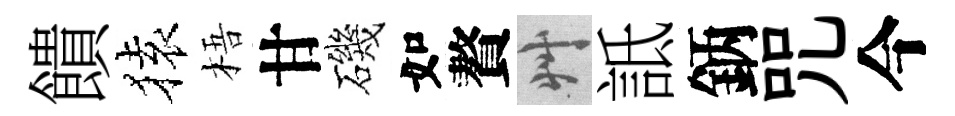
饋𫞤梧甘磯如贅艸詆鈵咒今